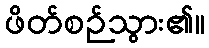
ဖိတ်စဉ်သွား၏။